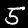
Label: 5